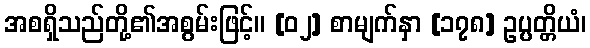
အစရှိသည်တို့၏အစွမ်းဖြင့်။ [၀၂] စာမျက်နှာ [၁၇၈] ဥပ္ပတ္တိယံ၊